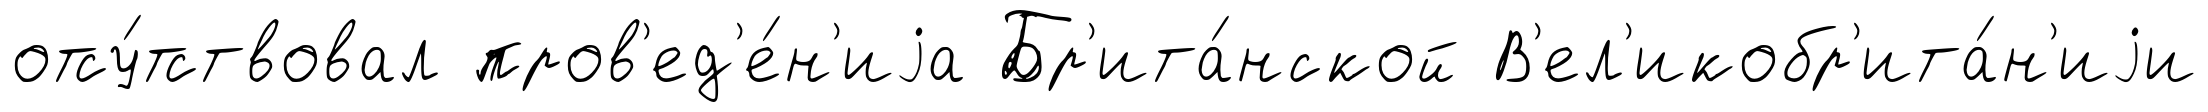
отсу́тствовал пров'ед'е́н'иjа Бр'ита́нской В'ел'икобр'ита́н'иjи